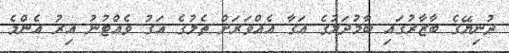
ދުނިޔޭގެ ބާޒާރުގައި ބާމުދަލުގެ އަގާ އެއްވަރަށް ތެލުގެ އަގު ވެއްޓުނު އިރު އެންމެ